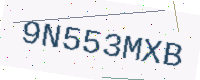
Text: 9N553MXB